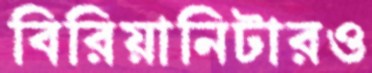
বিরিয়ানিটারও